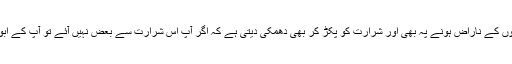
خاص کر مائیں جو بچوں کے ناراض ہونے پہ بھی اور شرارت کو پکڑ کر بھی دھمکی دیتی ہے کہ اگر آپ اس شرارت سے بعض نہیں آئے تو آپ کے ابو سے شکایت کرونگی۔